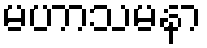
မဟာသမနာ